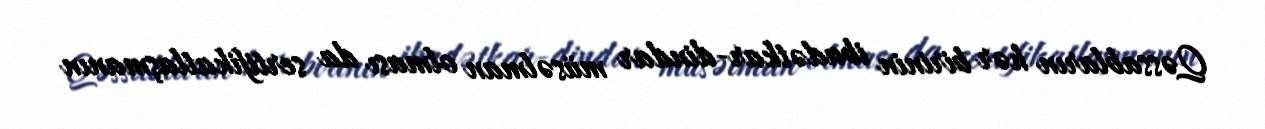
Qəssabların hər birinin ibadətkar-dindar müsəlman olması da sertifikatlaşmanın